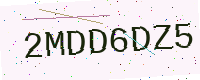
Text: 2MDD6DZ5